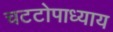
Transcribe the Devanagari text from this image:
चटटोपाध्याय